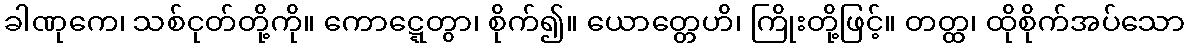
ခါဏုကေ၊ သစ်ငုတ်တို့ကို။ ကောဋ္ဋေတွာ၊ စိုက်၍။ ယောတ္တေဟိ၊ ကြိုးတို့ဖြင့်။ တတ္ထ၊ ထိုစိုက်အပ်သော